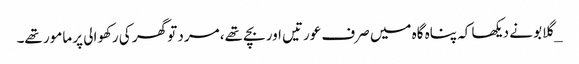
_گلابو نے دیکھا کہ پناہ گاہ میں صرف عورتیں اور بچے تھے، مرد تو گھر کی رکھوالی پر مامور تھے۔